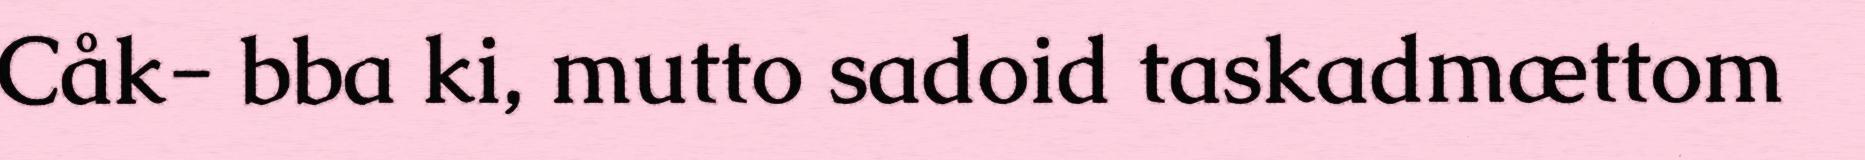
Cåk- bba ki, mutto sadoid taskadmættom